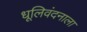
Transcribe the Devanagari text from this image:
धूलिवंदनाला